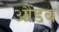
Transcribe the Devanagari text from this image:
औडब